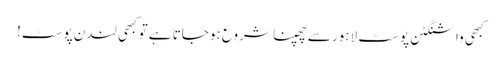
کبھی واشنگٹن پوسٹ لاہور سے چھپنا شروع ہوجاتا ہےتو کبھی لندن پوسٹ!